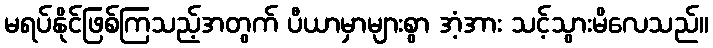
မရပ်နိုင်ဖြစ်ကြသည့်အတွက် ပီယာမှာများစွာ အံ့အား သင့်သွားမိလေသည်။